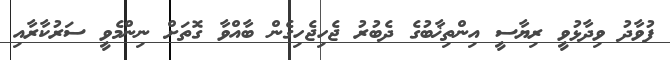
ފުވާދު ވިދާޅުވީ ރިޔާސީ އިންތިޚާބުގެ ދެބުރު ޖެހިޖެހިގެން ބާއްވާ ގޮތަށް ނިންމެވީ ސަރުކާރާއި